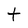
Character: t